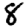
Digit: 8